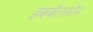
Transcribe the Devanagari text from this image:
इबबेतसोन